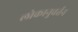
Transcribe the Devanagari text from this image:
लोकानुवर्तन